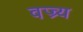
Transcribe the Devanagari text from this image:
वज्र्य